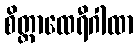
စိတ္တာထေရီဂါထာ